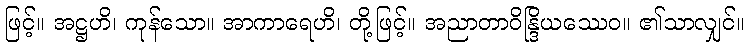
ဖြင့်။ အဋ္ဌဟိ၊ ကုန်သော။ အာကာရေဟိ၊ တို့ဖြင့်။ အညာတာဝိန္ဒြိယဿေဝ။ ၏သာလျှင်။